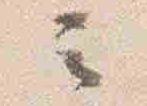
云